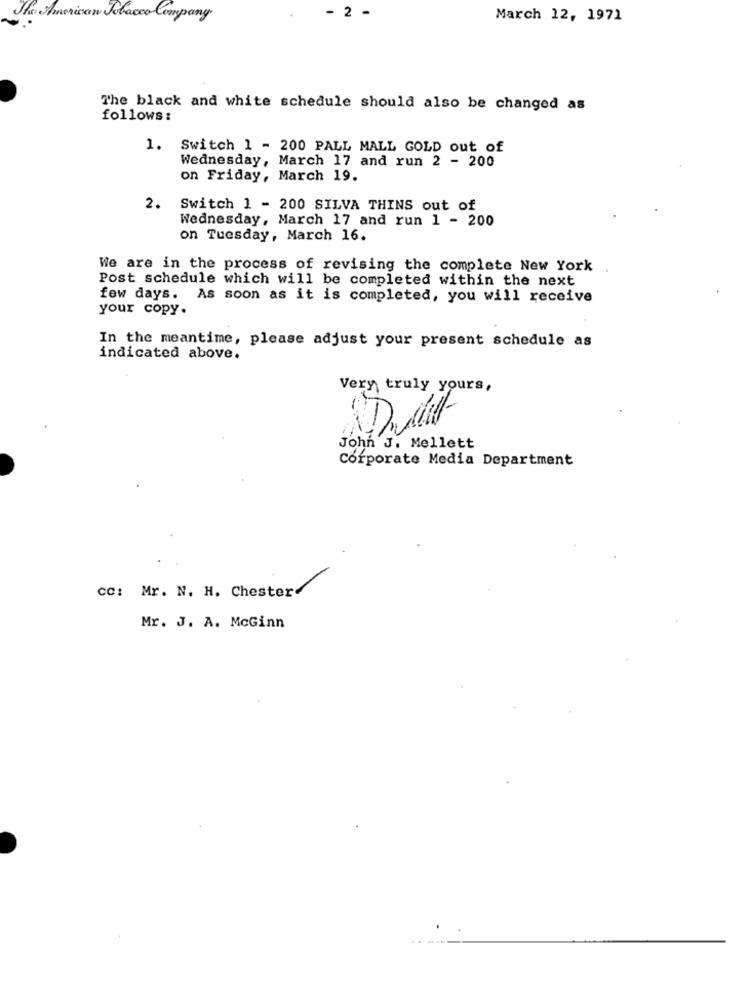
- 2 -
The American Tobacco Company
March 12, 1971
The black and white schedule should also be changed as
follows:
1. Switch 1 - 200 PALL MALL GOLD out of
Wednesday, March 17 and run 2 - 200
on Friday, March 19.
2.
Switch 1 - 200 SILVA THINS out of
Wednesday, March 17 and run 1 - 200
on Tuesday, March 16.
We are in the process of revising the complete New York
.
Post schedule which will be completed within the next
few days. As soon as it is completed, you will receive
your copy.
In the meantime, please adjust your present schedule as
indicated above.
Very truly yours,
-
John J. Mellett
Corporate Media Department
cc: Mr. N. H. Chester
Mr. J. A. McGinn